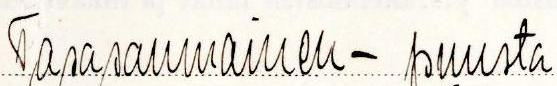
Tasasaumainen - puusta